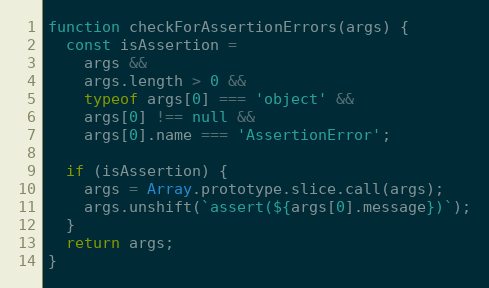
Language: JavaScript
function checkForAssertionErrors(args) {
  const isAssertion =
    args &&
    args.length > 0 &&
    typeof args[0] === 'object' &&
    args[0] !== null &&
    args[0].name === 'AssertionError';

  if (isAssertion) {
    args = Array.prototype.slice.call(args);
    args.unshift(`assert(${args[0].message})`);
  }
  return args;
}